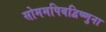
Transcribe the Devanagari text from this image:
सोममपिबद्विष्णुना